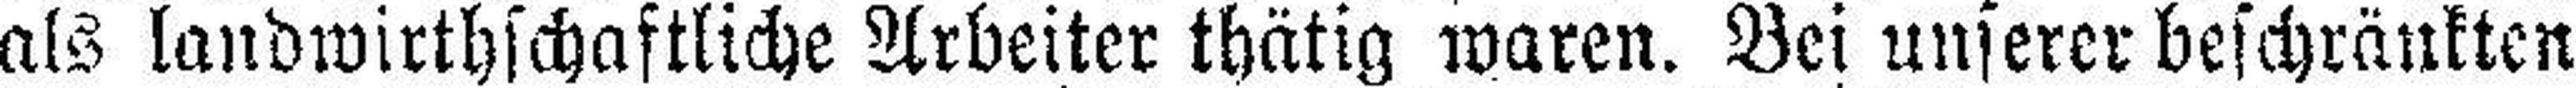
als landwirthschaftliche Arbeiter thätig waren. Bei unserer beschränkten